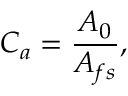
C _ { a } = \frac { A _ { 0 } } { A _ { f s } } ,